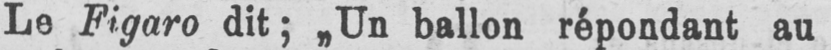
Le Figaro dit; „Un ballon répondant au